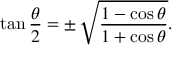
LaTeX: \tan { \frac { \theta } { 2 } } = \pm \, { \sqrt { \frac { 1 - \cos \theta } { 1 + \cos \theta } } } .